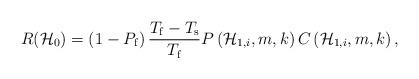
LaTeX: \begin{align*}{ R }(\mathcal{H}_{0}) = \left( 1-{P}_{\mathrm{f}} \right) \frac { { T }_{ \mathrm{f} }-{ T }_{ \mathrm{s} } }{ { T }_{ \mathrm{f} } } P\left( { \mathcal{H} }_{ 1,i }, m, k \right) C\left( { \mathcal{H} }_{ 1, i }, m, k \right),\end{align*}